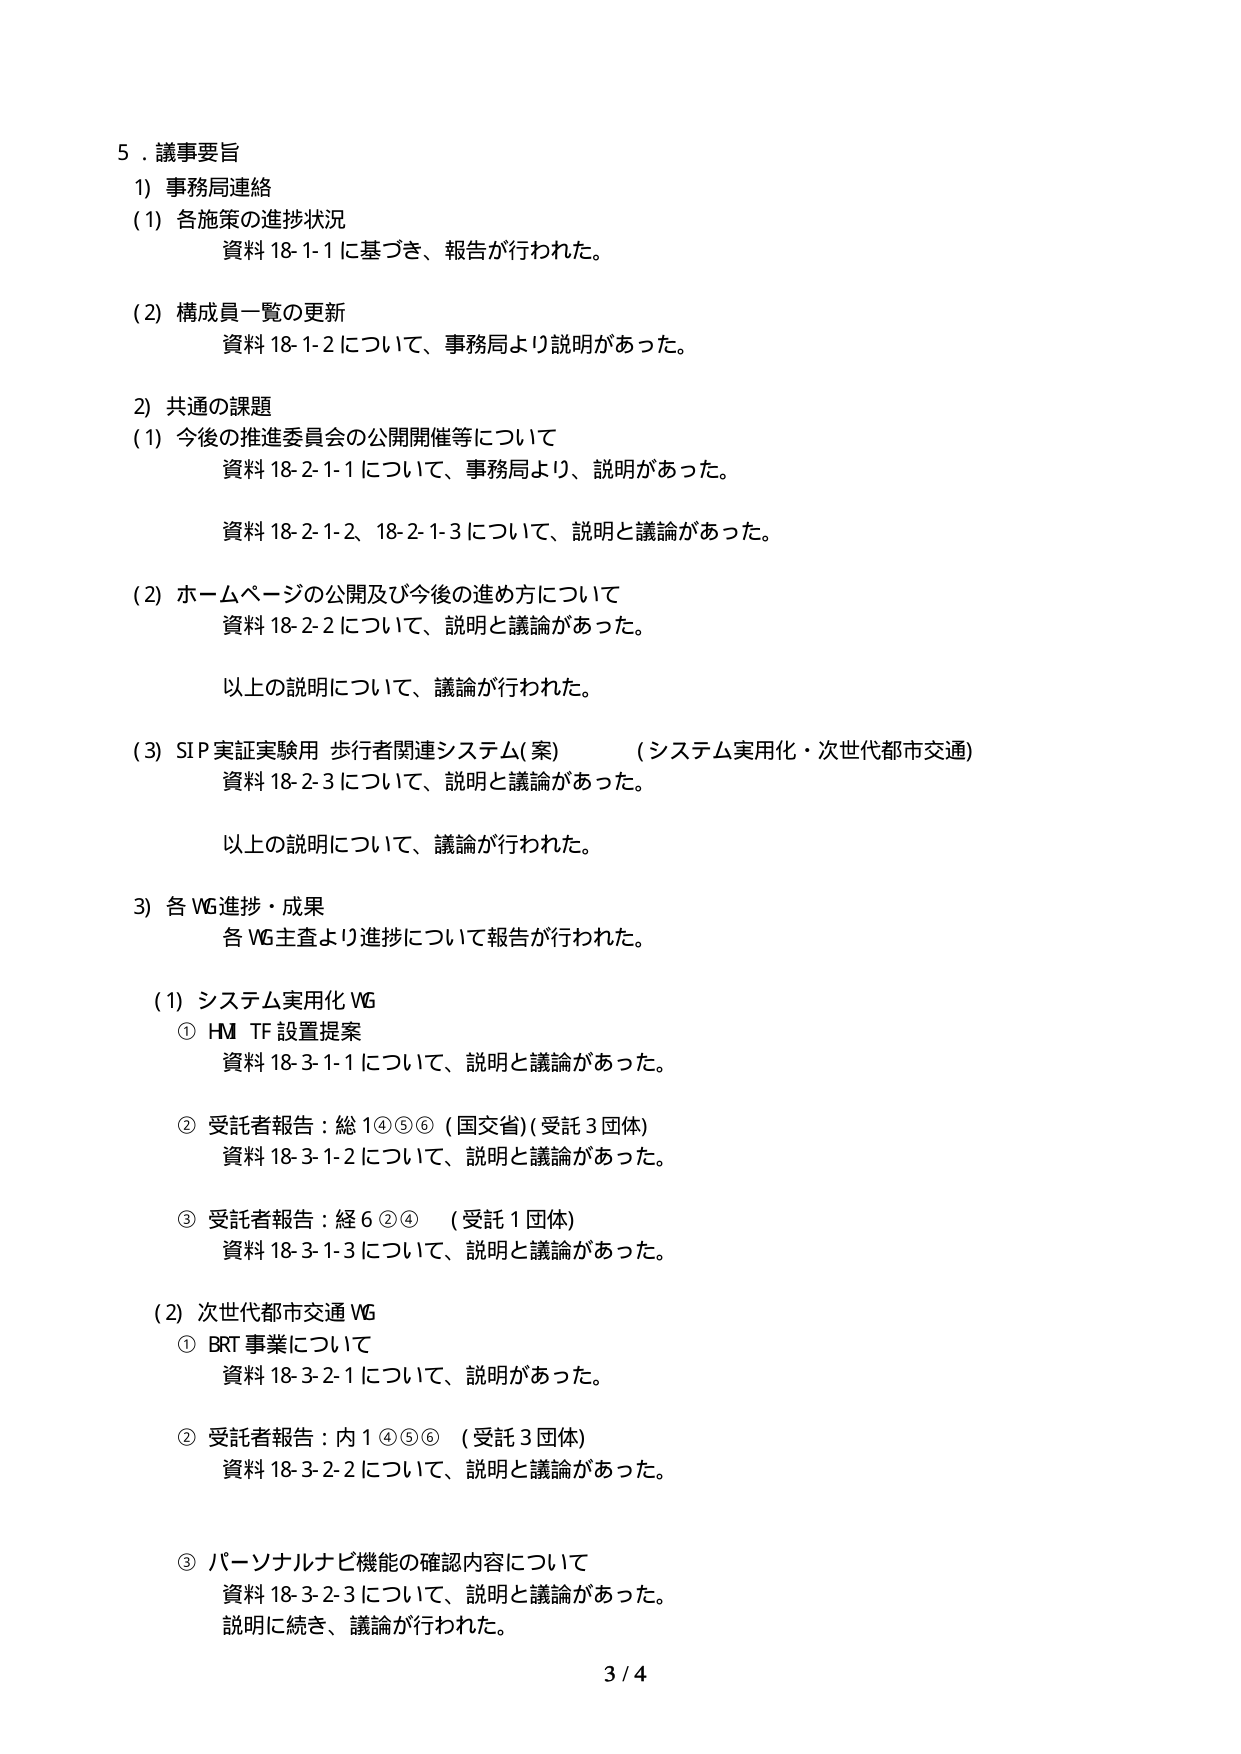
5．議事要旨
1) 事務局連絡
(1) 各施策の進捗状況
　　資料18-1-1に基づき、報告が行われた。
(2) 構成員一覧の更新
　　資料18-1-2について、事務局より説明があった。

2) 共通の課題
(1) 今後の推進委員会の公開開催等について
　　資料18-2-1-1について、事務局より、説明があった。
　　資料18-2-1-2、18-2-1-3について、説明と議論があった。
(2) ホームページの公開及び今後の進め方について
　　資料18-2-2について、説明と議論があった。
　　以上の説明について、議論が行われた。
(3) SIP実証実験用 歩行者関連システム(案)　（システム実用化・次世代都市交通）
　　資料18-2-3について、説明と議論があった。
　　以上の説明について、議論が行われた。

3) 各WG進捗・成果
　　各WG主査より進捗について報告が行われた。
(1) システム実用化WG
　　① HM TF 設置提案
　　　資料18-3-1-1について、説明と議論があった。
　　② 受託者報告：総1④⑤⑥（国交省）（受託3団体）
　　　資料18-3-1-2について、説明と議論があった。
　　③ 受託者報告：経6②④　（受託1団体）
　　　資料18-3-1-3について、説明と議論があった。
(2) 次世代都市交通WG
　　① BRT事業について
　　　資料18-3-2-1について、説明があった。
　　② 受託者報告：内1④⑤⑥　（受託3団体）
　　　資料18-3-2-2について、説明と議論があった。
　　③ パーソナルナビ機能の確認内容について
　　　資料18-3-2-3について、説明と議論があった。
　　　説明に続き、議論が行われた。

3 / 4